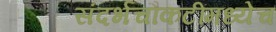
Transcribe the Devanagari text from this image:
संदर्भचौकटींमध्येच